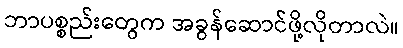
ဘာပစ္စည်းတွေက အခွန်ဆောင်ဖို့လိုတာလဲ။